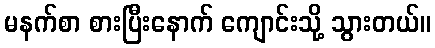
မနက်စာ စားပြီးနောက် ကျောင်းသို့ သွားတယ်။